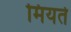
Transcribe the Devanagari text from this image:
मियते